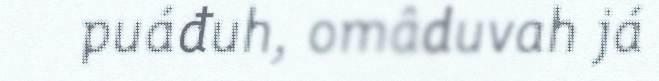
puáđuh, omâduvah já